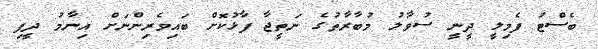
ބެސްޓު ފެމިލީ ދީނީ ސުވާލު މުބާރާތުގެ ނަތީޖާ ފާޅުކޮށް ބައިވެރިންނަށް އިނާމު ދީފި